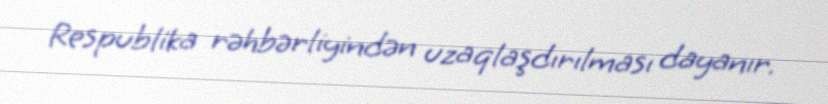
Respublika rəhbərliyindən uzaqlaşdırılması dayanır.